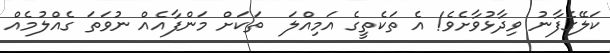
ކަލޭގެފާނު ވިދާޅުވާށެވެ! އެ ތަކެތީގެ އަމިއްލަ  ތަކަށް މަންފާއެއް ނުވަތަ ގެއްލުމެއް